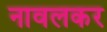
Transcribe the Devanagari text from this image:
नावलकर